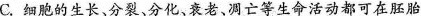
C.细胞的生长、分裂、分化、衰老、凋亡等生命活动都可在胚胎